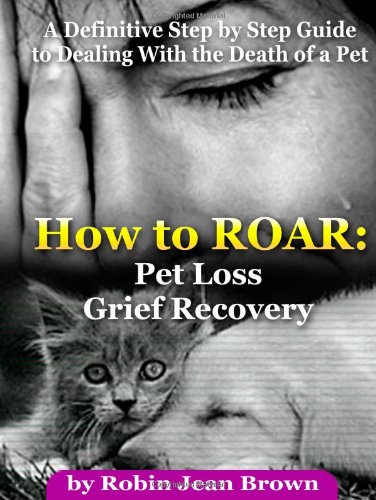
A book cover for How to ROAR: Pet Loss Grief Recovery; Robin Jean Brown; Crafts, Hobbies & Home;